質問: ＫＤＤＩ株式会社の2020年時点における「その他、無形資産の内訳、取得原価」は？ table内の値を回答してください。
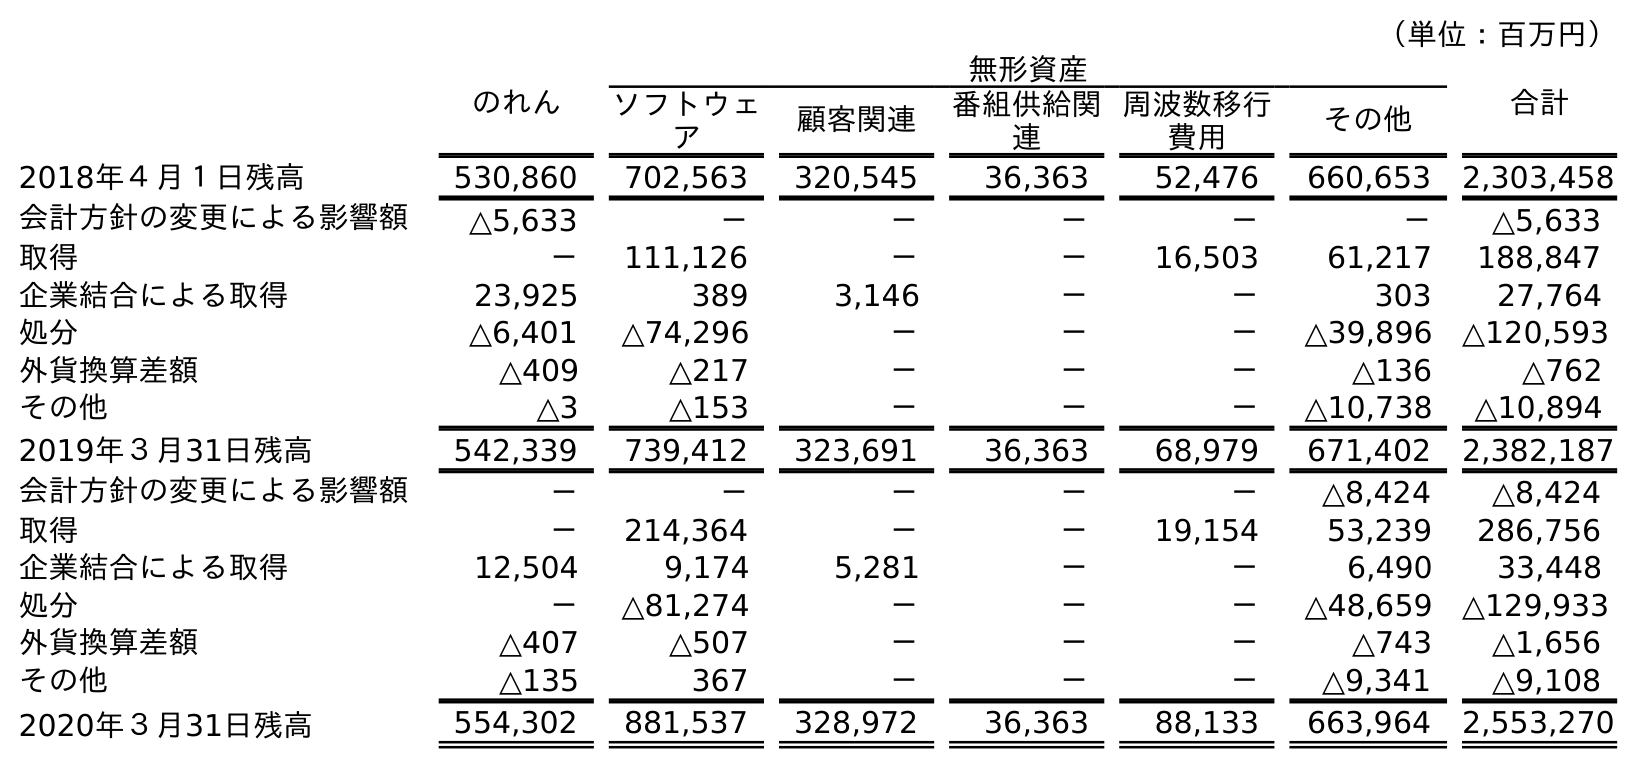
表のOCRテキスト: （単位：百万円） のれん 無形資産 合計 ソフトウェ ア 顧客関連 番組供給関 連 周波数移行 費用 その他 2018年４月１日残高 530,860 702,563 320,545 36,363 52,476 660,653 2,303,458 会計方針の変更による影響額 △5,633 － － － － － △5,633 取得 － 111,126 － － 16,503 61,217 188,847 企業結合による取得 23,925 389 3,146 － － 303 27,764 処分 △6,401 △74,296 － － － △39,896 △120,593 外貨換算差額 △409 △217 － － － △136 △762 その他 △3 △153 － － － △10,738 △10,894 2019年３月31日残高 542,339 739,412 323,691 36,363 68,979 671,402 2,382,187 会計方針の変更による影響額 － － － － － △8,424 △8,424 取得 － 214,364 － － 19,154 53,239 286,756 企業結合による取得 12,504 9,174 5,281 － － 6,490 33,448 処分 － △81,274 － － － △48,659 △129,933 外貨換算差額 △407 △507 － － － △743 △1,656 その他 △135 367 － － － △9,341 △9,108 2020年３月31日残高 554,302 881,537 328,972 36,363 88,133 663,964 2,553,270
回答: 663,964